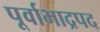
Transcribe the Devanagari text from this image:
पूर्वाभाद्रपद